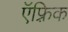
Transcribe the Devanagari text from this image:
ऍफ़्रिक